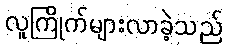
လူကြိုက်များလာခဲ့သည်